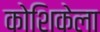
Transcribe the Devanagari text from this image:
कोशिकेला